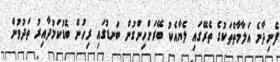
ފެނިދާނެ އަލާމާތްތަކުގެ ތެރޭގައި ލެޔާއެކު ބޭރަށްހިންގުން ބަނޑުގައި ރިހުން ބޮޑުކަމުދާއިރު ތަދުވުން